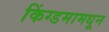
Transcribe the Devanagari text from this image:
किंग्डमामधून